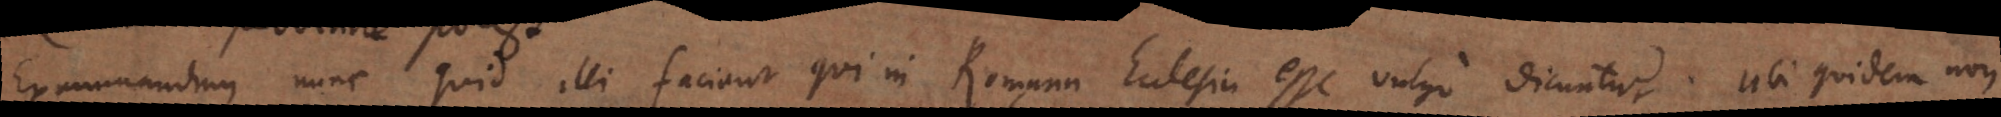
Examinandum nunc quid illi faciant qui in Romana Ecclesia esse vulgo dicuntur. Ubi quidem non